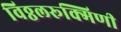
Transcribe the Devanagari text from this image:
विठ्ठलरूक्मिणी